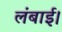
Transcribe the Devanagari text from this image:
लंबाई।